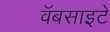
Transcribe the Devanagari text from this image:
वॅबसाइटें